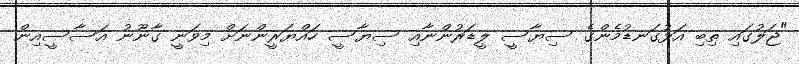
"ޖަލުގައި ތިބި އަޅުގަނޑުމެންގެ ސިޔާސީ ލީޑަރުންނާއި ސިޔާސީ ހައްޔަރީންނަށް މިވަނީ ގާނޫނު އަސާސީއިން